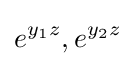
e^{y_{1}z},e^{y_{2}z}